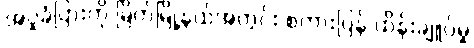
အပူခံပြားကို မြိတ်မြို့နယ်အတွင်း စကားပြန် ထိန်းချူပ်မှု